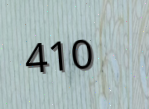
410